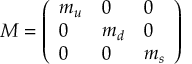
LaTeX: \nonumber M = \left( \begin{array} { l l l } { { m _ { u } } } & { { 0 } } & { { 0 } } \\ { { 0 } } & { { m _ { d } } } & { { 0 } } \\ { { 0 } } & { { 0 } } & { { m _ { s } } } \end{array} \right)